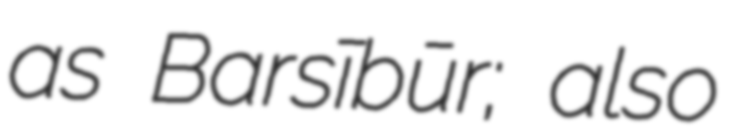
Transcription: as Barsībūr; also